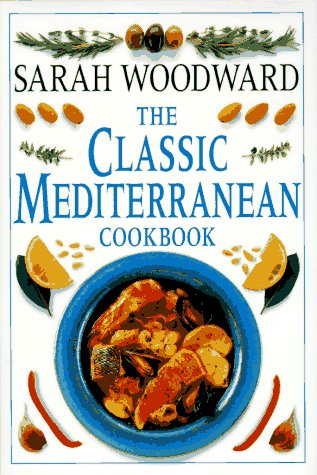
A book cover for Classic Mediterranean Cookbook; Sarah Woodward; History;